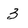
Character: 3